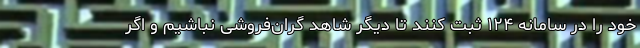
خود را در سامانه ۱۲۴ ثبت کنند تا دیگر شاهد گران‌فروشی نباشیم و اگر